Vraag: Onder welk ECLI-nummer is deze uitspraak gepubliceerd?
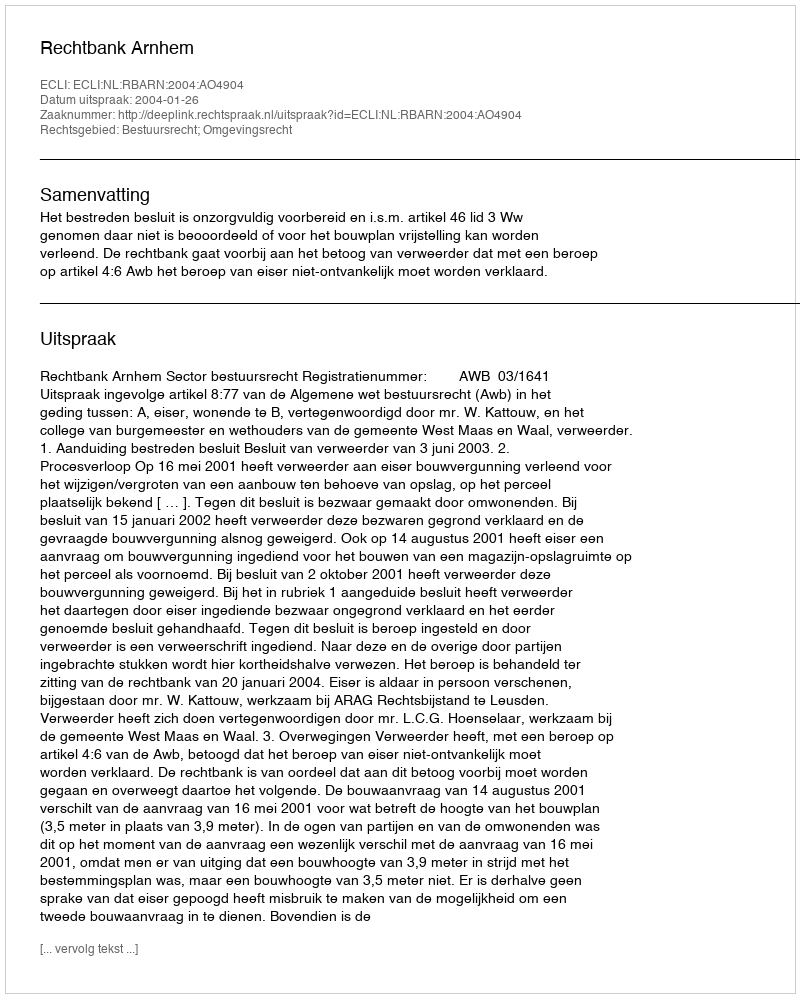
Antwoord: ECLI:NL:RBARN:2004:AO4904